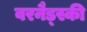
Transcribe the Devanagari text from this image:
वरनैड्स्की